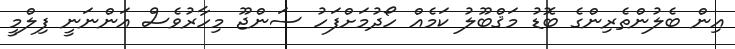
އިން ބެލުންތެރިންގެ ބޮޑު މަޤްބޫލު ކަމެއް ހޯދުމަށްފަހު ސަންޖޫ މިހާރުވެސް އަންނަނީ ފިލްމީ